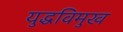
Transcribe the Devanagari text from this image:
युद्धविमुख